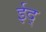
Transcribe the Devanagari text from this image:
ईद्